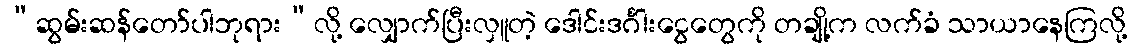
“ဆွမ်းဆန်တော်ပါဘုရား”လို့ လျှောက်ပြီးလှူတဲ့ ဒေါင်းဒင်္ဂါးငွေတွေကို တချို့က လက်ခံ သာယာနေကြလို့